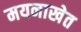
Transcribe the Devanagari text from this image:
मयनाखेत